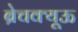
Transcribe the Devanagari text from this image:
ब्रेचक्यूऊ